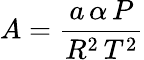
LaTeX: A={\frac{a\, \alpha\, P}{R^{2}\, T^{2}}}